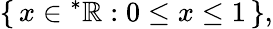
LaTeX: \{ \, x\in{^{*}\mathbb{R}}:0\leq x\leq 1\, \} ,